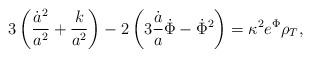
LaTeX: \begin{align*}3\left(\frac{\dot a^2}{a^2}+\frac{k}{a^2}\right)-2\left(3\frac{\dot a}{a}\dot\Phi-\dot\Phi^2\right) = \kappa^2 e^\Phi \rho_{T},\end{align*}